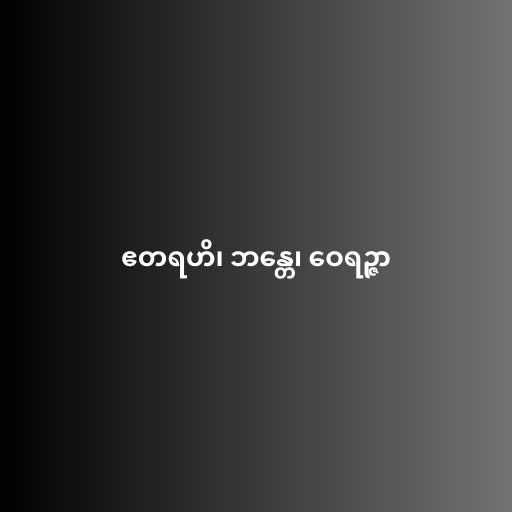
ဧတရဟိ၊ ဘန္တေ၊ ဝေရဉ္ဇာ